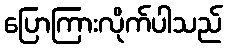
ပြောကြားလိုက်ပါသည်